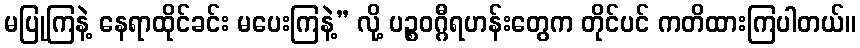
မပြုကြနဲ့ နေရာထိုင်ခင်း မပေးကြနဲ့” လို့ ပဉ္စဝဂ္ဂီရဟန်းတွေက တိုင်ပင် ကတိထားကြပါတယ်။